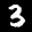
Label: 3